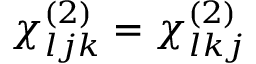
\chi _ { l j k } ^ { ( 2 ) } = \chi _ { l k j } ^ { ( 2 ) }